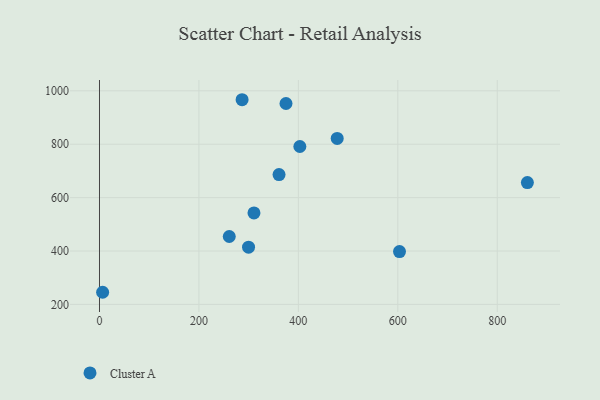
{"axis": {"x": "Ad Spend", "y": "Profit"}, "legend": ["Cluster A"], "data": [{"x": "6.3", "y": 245.5, "type": "Cluster A"}, {"x": "299.8", "y": 414.5, "type": "Cluster A"}, {"x": "286.8", "y": 966.6, "type": "Cluster A"}, {"x": "860.6", "y": 656.5, "type": "Cluster A"}, {"x": "603.4", "y": 397.9, "type": "Cluster A"}, {"x": "478.1", "y": 821.8, "type": "Cluster A"}, {"x": "361.1", "y": 686.3, "type": "Cluster A"}, {"x": "310.7", "y": 542.6, "type": "Cluster A"}, {"x": "261.0", "y": 454.3, "type": "Cluster A"}, {"x": "403.0", "y": 791.4, "type": "Cluster A"}, {"x": "375.1", "y": 952.4, "type": "Cluster A"}]}